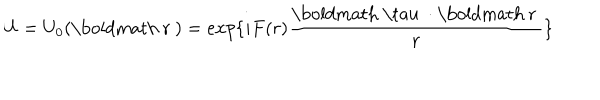
U = U _ { 0 } ( \mathrm { \boldmath ~ r ~ } ) = e x p \{ { i F ( r ) \frac { \mathrm { \boldmath ~ \ t a u ~ } \cdot \mathrm { \boldmath ~ r ~ } } { r } } \}